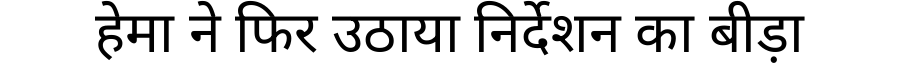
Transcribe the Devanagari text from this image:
हेमा ने फिर उठाया निर्देशन का बीड़ा